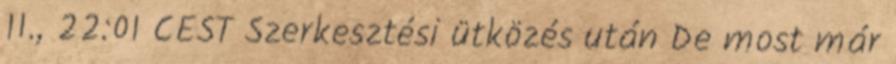
11., 22:01 CEST Szerkesztési ütközés után De most már